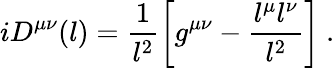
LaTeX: iD^{\mu\nu}(l)=\frac{1}{l^{2}}\left[g^{\mu\nu}-\frac{l^{\mu}l^{\nu}}{l^{2}}\right]\ .